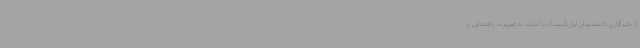
از خبرگزاری دانشجویان ایران(ایسنا)، با اشاره به ضرورت راهنمایی و